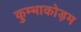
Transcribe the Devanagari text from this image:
कुम्भाकोड़म